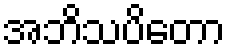
အဘိသပိတော